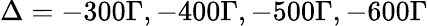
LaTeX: \Delta=-300\Gamma,-400\Gamma,-500\Gamma,-600\Gamma